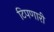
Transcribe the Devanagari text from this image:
टिपणारी